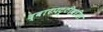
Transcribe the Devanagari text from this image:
द्वारपट्टीवरील